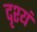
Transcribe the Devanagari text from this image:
दृश्यं